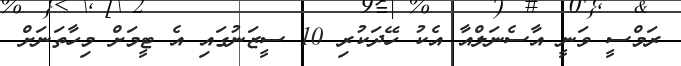
ރަމްސީ ވަނީ އާސެނަލްއާ އެކު ހޭދަކުރި 10 ސީޒަނުގައި އެ ޓީމަށް މިހާތަނަށް